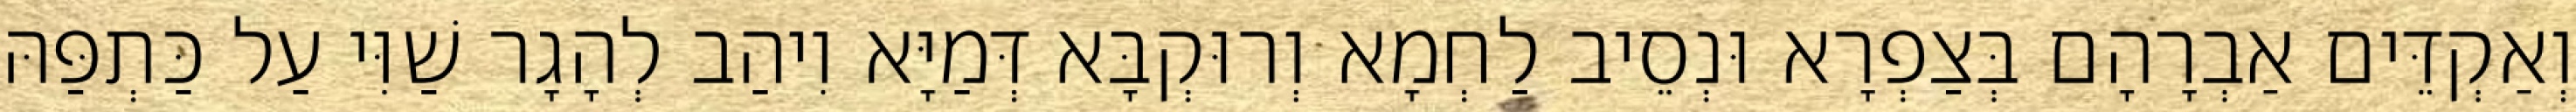
וְאַקְדֵּים אַבְרָהָם בְּצַפְרָא וּנְסֵיב לַחְמָא וְרוּקְבָּא דְּמַיָּא וִיהַב לְהָגָר שַׁוִּי עַל כַּתְפַּהּ